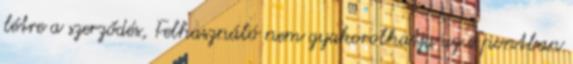
létre a szerződés, Felhasználó nem gyakorolhatja az e pontban